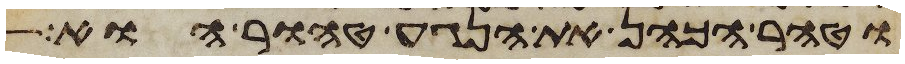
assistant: וטהר הכהן את הנגע טהור הוא